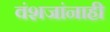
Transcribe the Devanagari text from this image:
वंशजांनाही